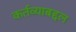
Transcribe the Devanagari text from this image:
कर्तव्याबद्दल